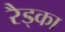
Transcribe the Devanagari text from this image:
रैड्का